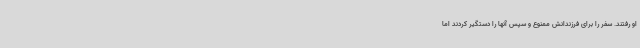
او رفتند. سفر را برای فرزندانش ممنوع و سپس آنها را دستگیر کردند اما